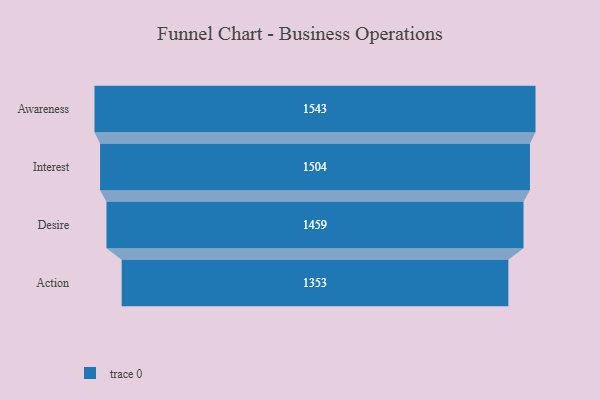
{"axis": {"x": "Stage", "y": "Value"}, "legend": [""], "data": [{"x": "Awareness", "y": 1543.0, "type": ""}, {"x": "Interest", "y": 1504.0, "type": ""}, {"x": "Desire", "y": 1459.0, "type": ""}, {"x": "Action", "y": 1353.0, "type": ""}]}